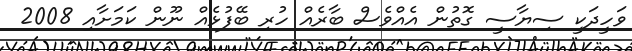
ވަހީދަކީ ސިޔާސީ ގޮތުން އެއްވެސް ބާރެއް ހުރި ބޭފުޅެއް ނޫން ކަމަށާއި 2008